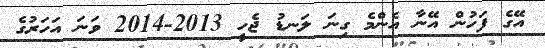
އޭގެ ފަހުން އޭނާ އެންމެ ގިނަ ލަނޑު ޖެހީ 2013-2014 ވަނަ އަހަރުގެ